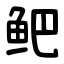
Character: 鲃